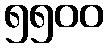
၅၅၀၀